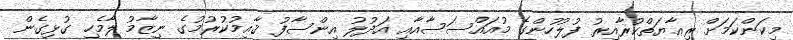
މިކަންކަމަށް ރިޢާޔަތްކުރާއިރު ފުލުހުންގެ މުއައްސަސާއާއި އަދުލު އިންސާފު ޤާޢިމުކުރުމުގެ ނިޒާމު ލާމެހި ގުޅިގެން